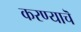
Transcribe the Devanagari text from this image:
करण्याचॆ